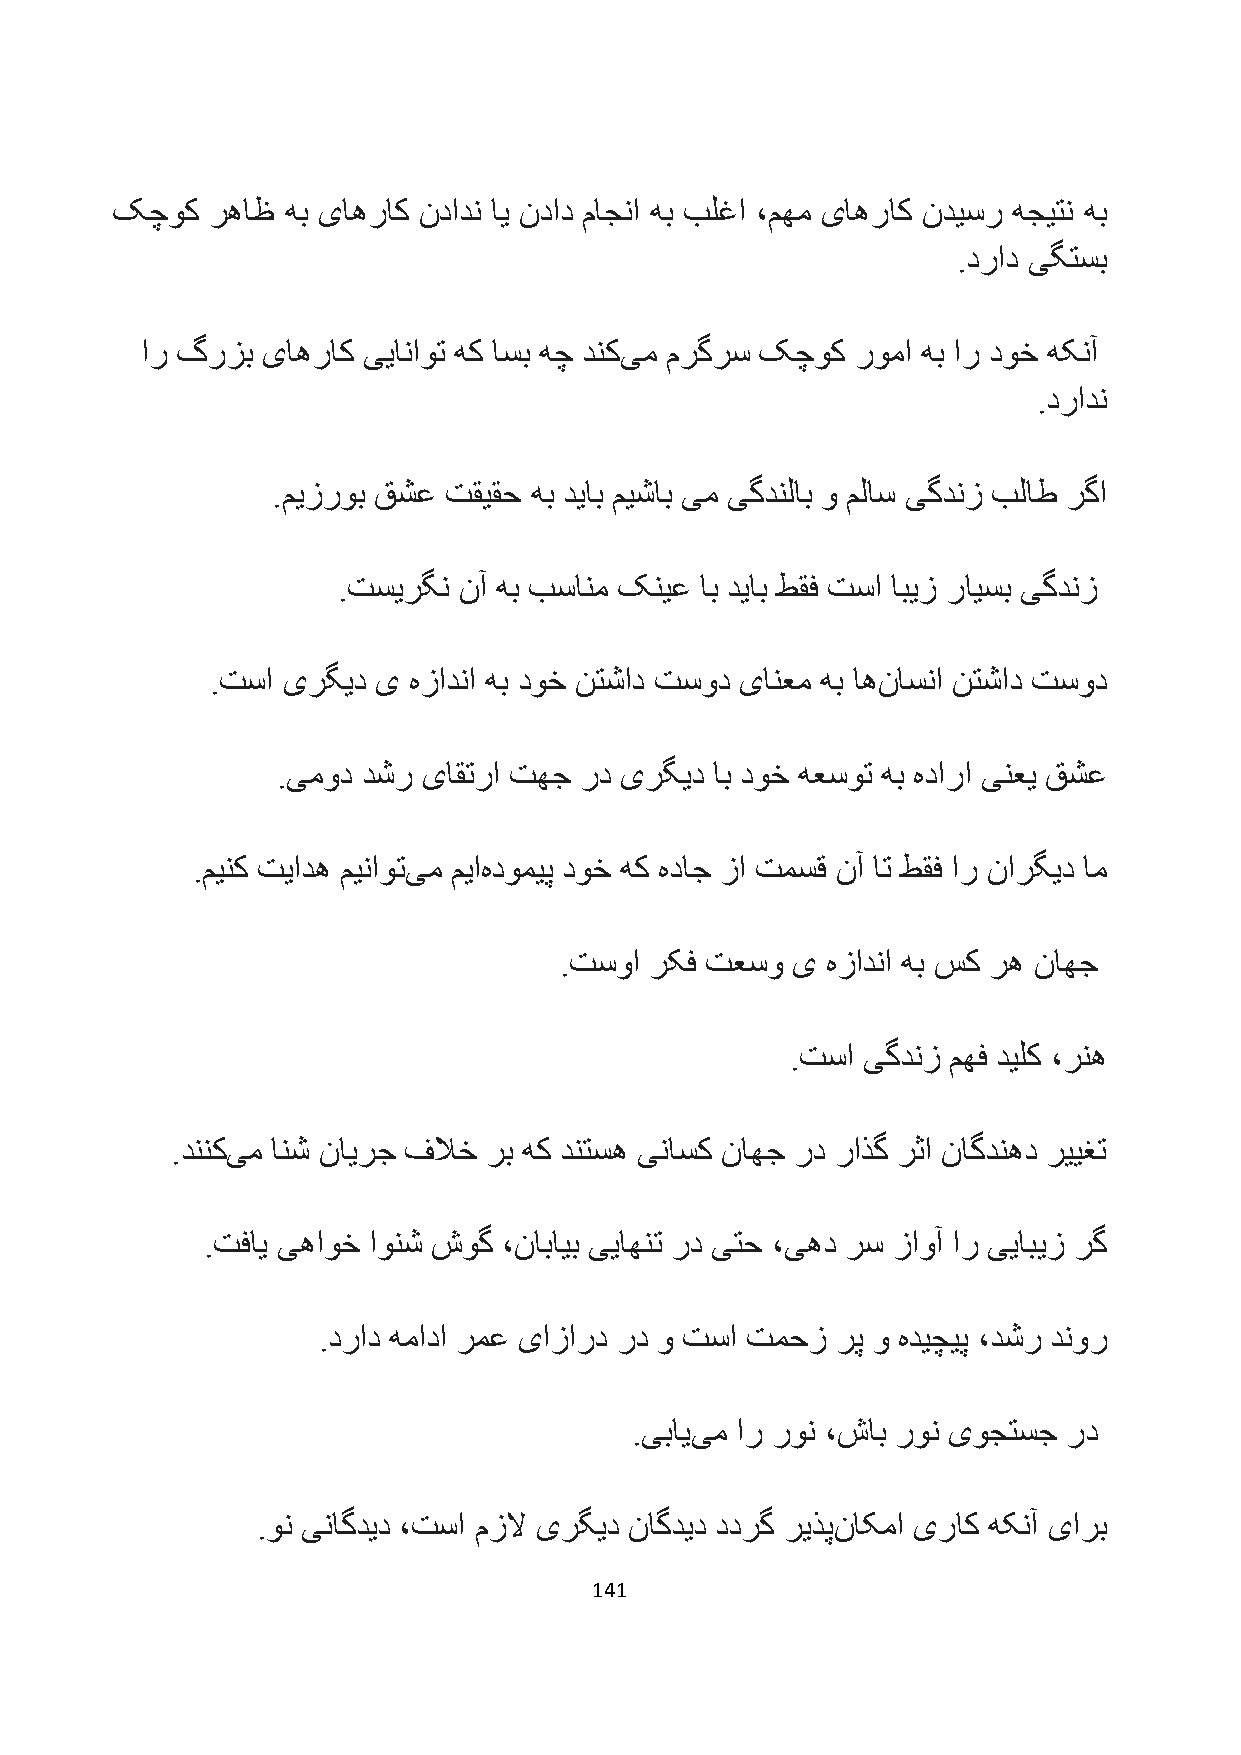
کچوک   رهاظ هب یاهراک ندادن ای نداد ماجنا هب بلغا ،مهم یاهراک ندیسر هجیتن هب
 .دراد یگتسب
 ار گرزب یاهراک ییاناوت هک اسب هچ دنکیم مرگرس کچوک روما هب ار دوخ هکنآ
 .درادن
 .میزروب قشع تقیقح هب دیاب میشاب یم یگدنلاب و ملاس یگدنز بلاط رگا
 .تسیرگن نآ هب بسانم کنیع اب دیاب طقف تسا ابیز رایسب یگدنز
 .تسا یرگید ی هزادنا هب دوخ نتشاد تسود یانعم هب اهناسنا نتشاد تسود
 .یمود دشر یاقترا تهج رد یرگید اب دوخ هعسوت هب هدارا ینعی قشع
 .مینک تیاده میناوتیم میاهدومیپ دوخ هک هداج زا تمسق نآ ات طقف ار نارگید ام
 .تسوا رکف تعسو ی  هزادنا هب سک ره ناهج
 .تسا یگدنز مهف دیلک ،رنه
 .دننکیم انش نایرج فلاخ رب هک دنتسه یناسک ناهج رد راذگ رثا ناگدنهد رییغت
 .تفای یهاوخ اونش شوگ ،نابایب ییاهنت رد یتح ،یهد رس زاوآ ار ییابیز رگ
 .دراد همادا رمع یازارد رد و تسا تمحز رپ و هدیچیپ ،دشر دنور
 .یباییم ار رون ،شاب رون یوجتسج رد
 .ون یناگدید ،تسا مزلا یرگید ناگدید ددرگ ریذپناکما یراک هکنآ یارب
 141